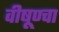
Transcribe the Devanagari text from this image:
वीषूण्चा